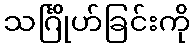
သင်္ဂြိုဟ်ခြင်းကို